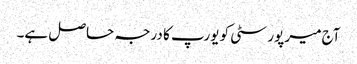
آج میر پور سٹی کو یورپ کا درجہ حاصل ہے۔